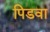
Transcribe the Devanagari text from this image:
पिडवा